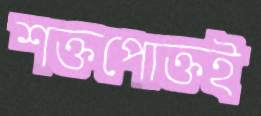
শক্তপোক্তই